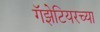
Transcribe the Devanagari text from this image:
गॅझेटियरच्या